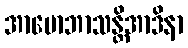
အာမောဘာသန္တိအာဒိနာ